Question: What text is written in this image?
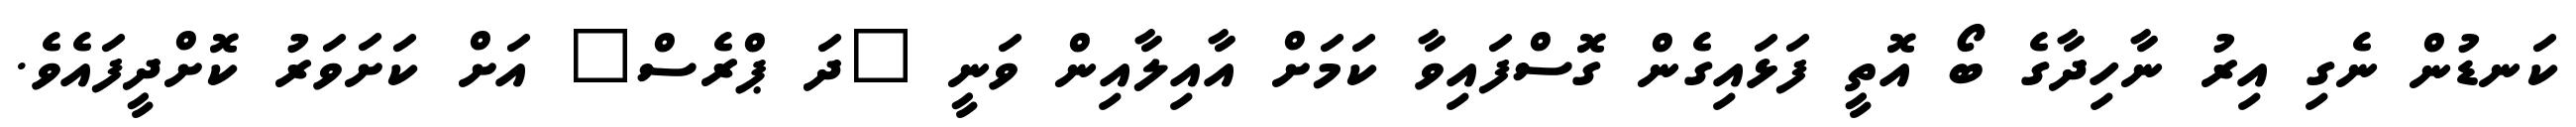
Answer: ކަނޑުން ނެގި އިރު ނާހިދާގެ ބޯ އޮތީ ފަޅައިގެން ގޮސްފައިވާ ކަމަށް އާއިލާއިން ވަނީ "ދަ ޕްރެސް" އަށް ކަށަވަރު ކޮށްދީފައެވެ.